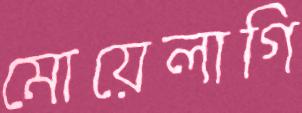
মোয়েলাগি